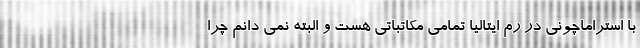
با استراماچونی در رم ایتالیا تمامی مکاتباتی هست و البته نمی دانم چرا